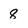
Character: 8